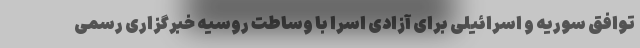
توافق سوریه و اسرائیلی برای آزادی اسرا با وساطت روسیه خبرگزاری رسمی